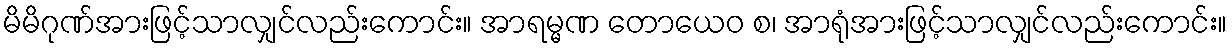
မိမိဂုဏ်အားဖြင့်သာလျှင်လည်းကောင်း။ အာရမ္မဏ တောယေဝ စ၊ အာရုံအားဖြင့်သာလျှင်လည်းကောင်း။